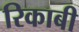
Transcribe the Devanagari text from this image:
रिकाबी